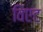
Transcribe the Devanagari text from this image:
विएट